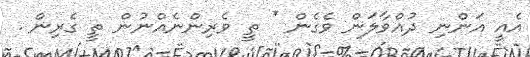
އެއީ އަންނި ދުއްވާލަން ވެގެން * ތީ ވެރިންނެއްނުން ތީ ގެރިން .